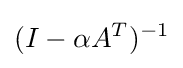
(I-\alpha A^{T})^{-1}